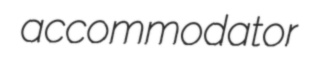
accommodator